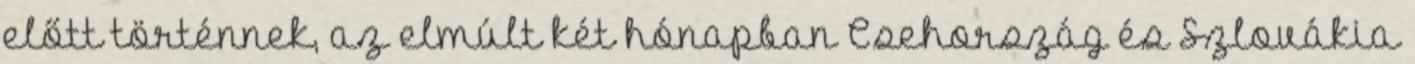
előtt történnek, az elmúlt két hónapban Csehország és Szlovákia